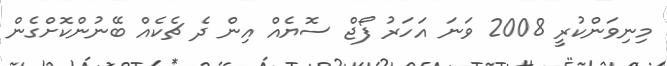
މިނިވަންކުރީ 2008 ވަނަ އަހަރު ފޯޖް ސޮޔެއް އިން ދެ ޗެކެއް ބޭނުންކޮށްގެން